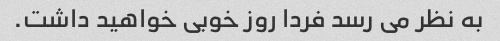
به نظر می رسد فردا روز خوبی خواهید داشت.